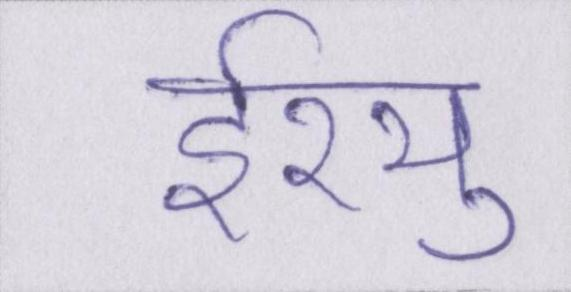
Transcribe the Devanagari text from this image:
ईश्यु